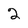
Character: 2